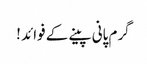
گرم پانی پینے کے فوائد !